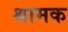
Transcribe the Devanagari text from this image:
श्रामक